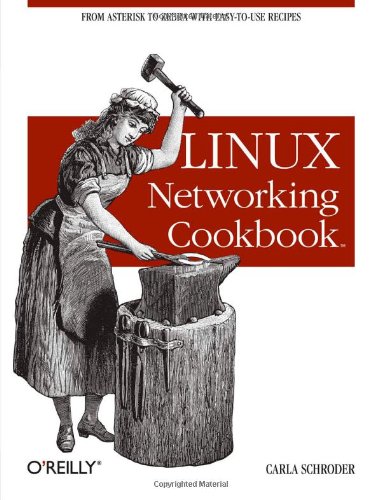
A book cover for Linux Networking Cookbook; Carla Schroder; Computers & Technology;